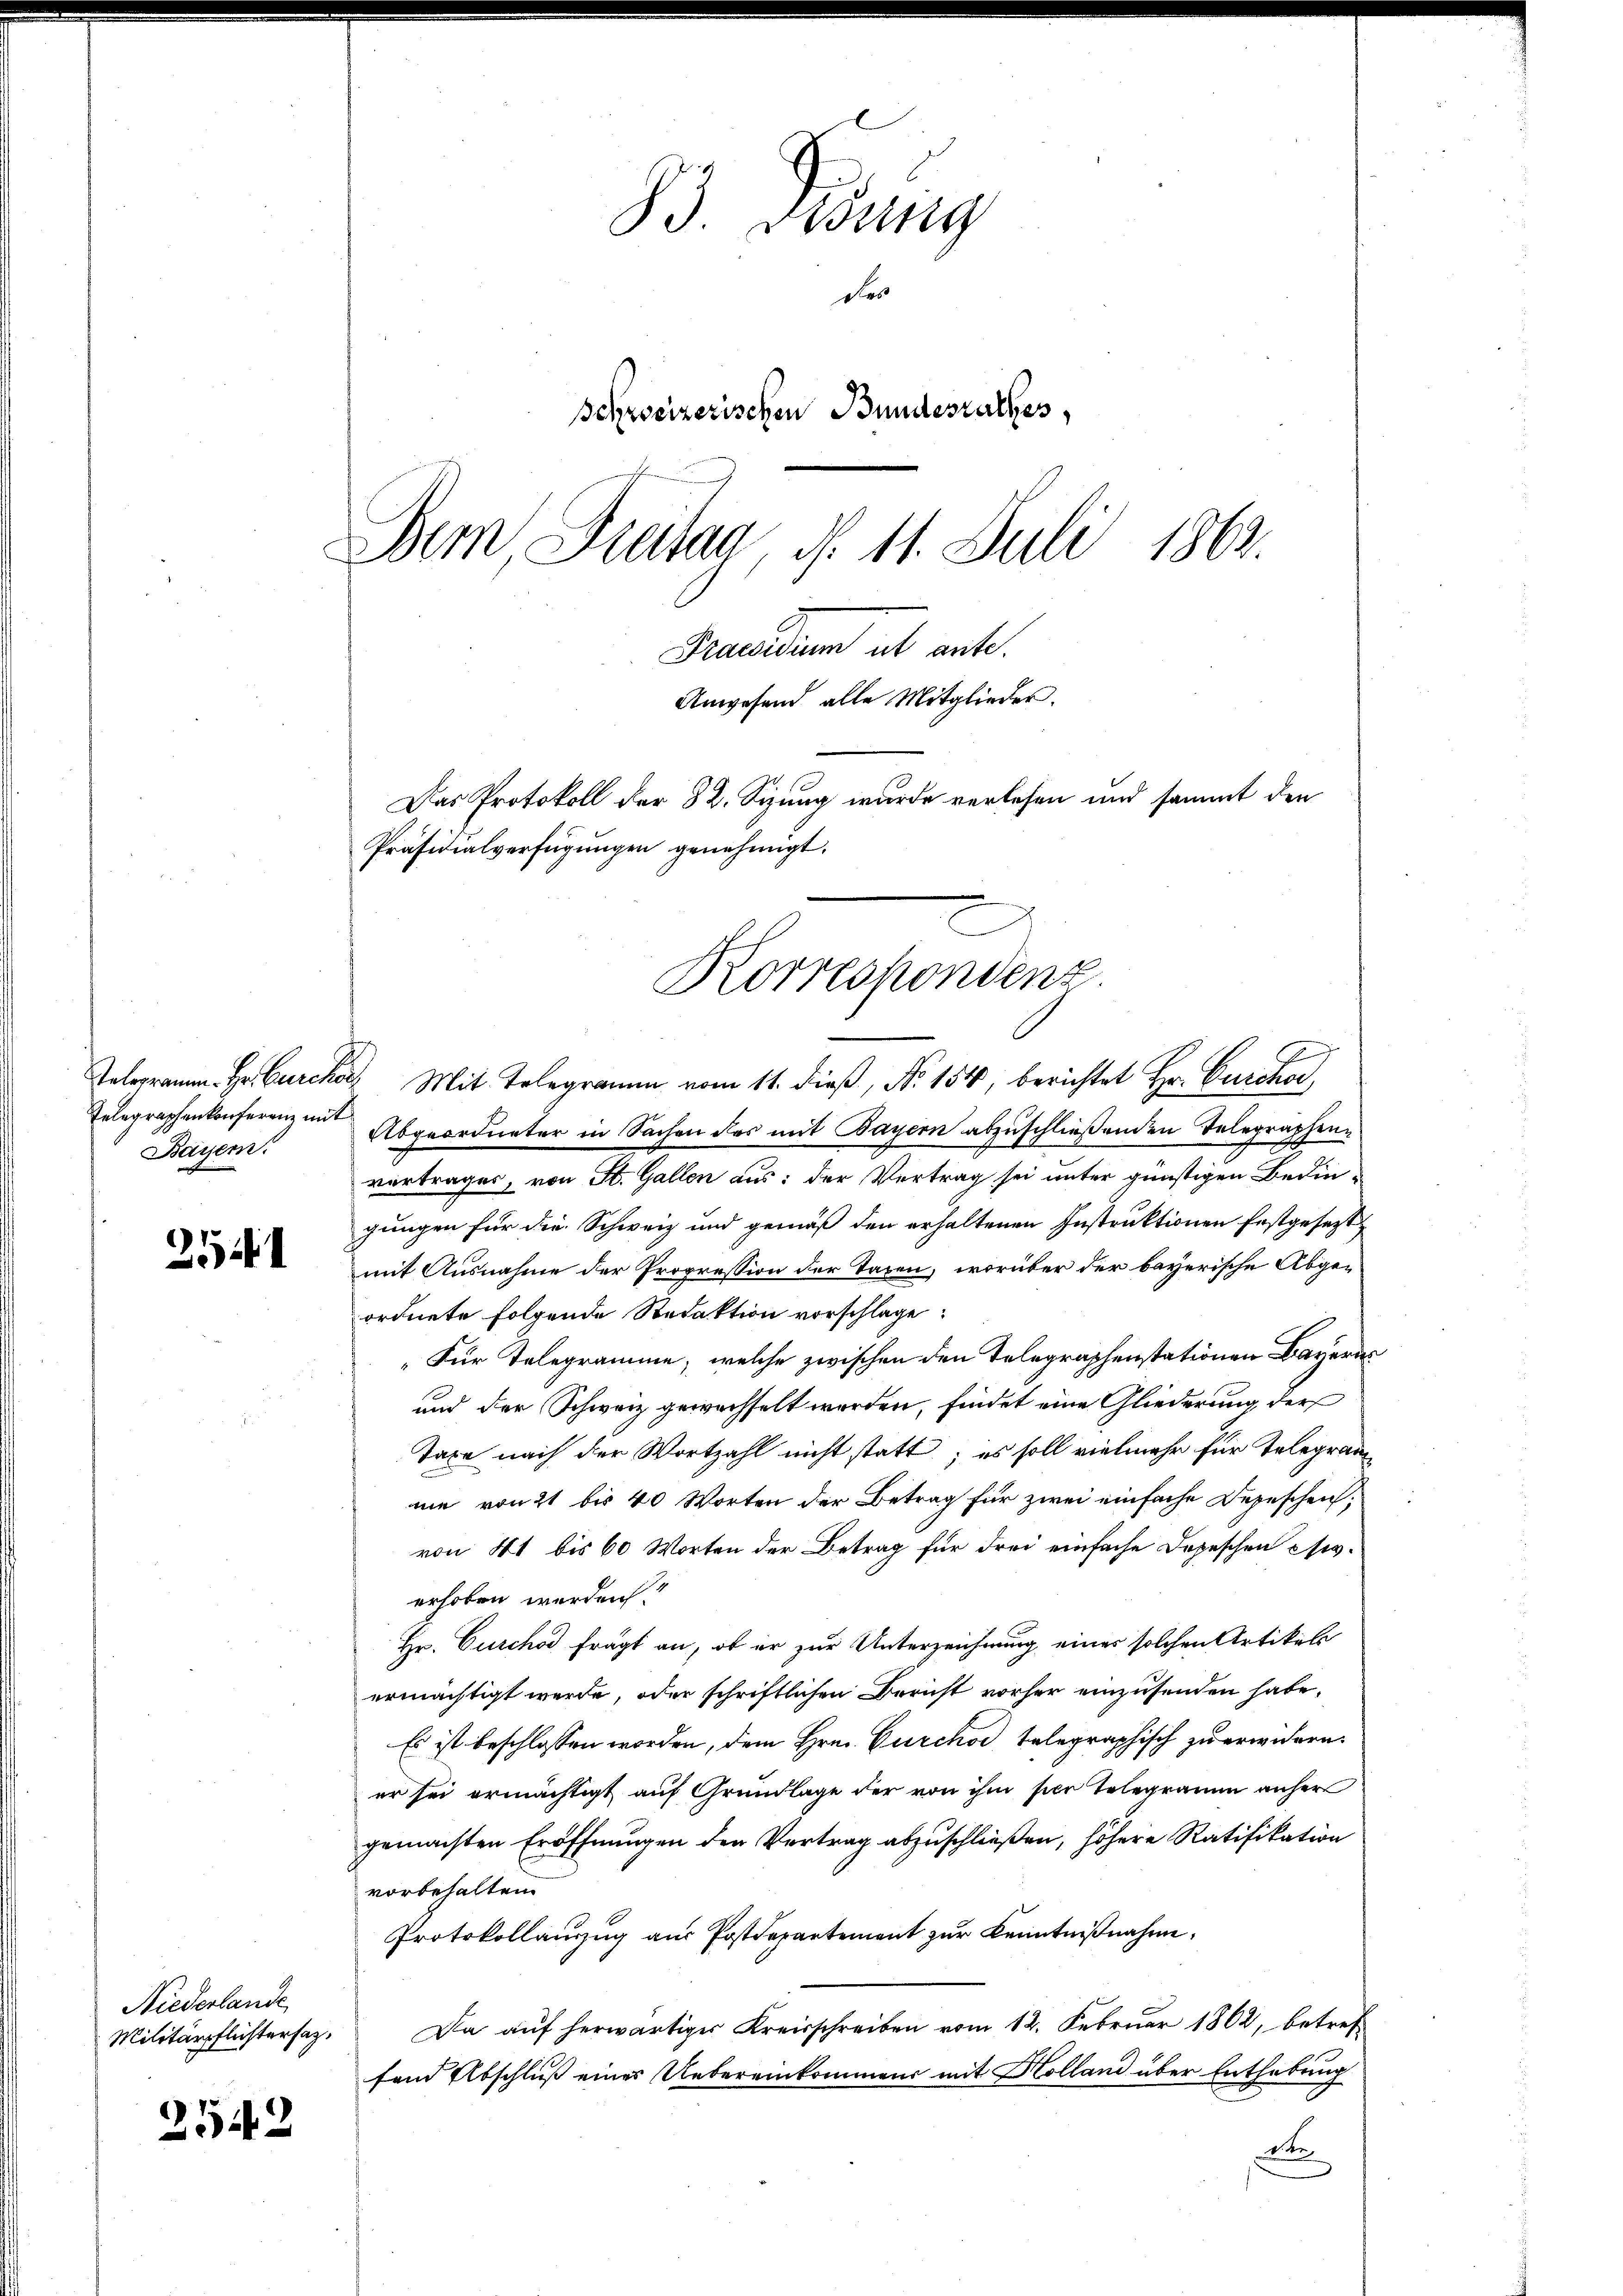
Bayer.

251

Niederlande
Militärpflichtersaz,

2542

83. Lesung
des
Schweizerischen Bundesrathes,
Bem, Freitag, d. 11. Juli 1869.
Praesidium ab ante.
Anwesend alle Mitglieder.
Das Protokoll der 82. Sizung wurde verlesen und sammt den
Präsidialverfügungen genehmigt.

Telegramm. Hr. Burcker, Mit Telegramm vom 11. dieß, No. 154, berichtet Hr. Burcker,
Telegraphenkonferenz an Abgeordneter in Sachen des mit Bayern abzuschließenden Telegraphenvortrages, von St. Gallen aus: der Vertrag sei unter günstigen Bedingungen für die Schweiz und gemäß den erhaltenen Instruktionen festgesezt,
mit Ausnahme der Propression der Tagen, worüber der bayerische Abgeordnete folgende Redaktion vorschlage:
"Für Telegramme, welche zwischen den Telegraphenstationen Bayern
und der Schweiz gewechselt werden, findet eine Gliederung der
Taxe nach der Wortzahl nicht statt; es soll vielmehr für Telegramme von 21 bis 40 Worten der Betrag für zwei einfache Depeschen,
von 41 bis 60 Worten der Betrag für drei einfache Dopeschen civ.
erhoben werden.
Hr. Curchod frägt an, ob er zur Unterzeichnung eines solchen Artikels
ermächtigt werde, oder schriftlichen Bericht vorher einzusenden habe.
Es ist beschlossen worden, dem Hrn. Curchor telegraphisch zu erwidern.
er sei ermächtigt auf Grundlage der von ihm hier Telegramm anher
gemachten Eröffnungen den Vertrag abzuschließen, höhere Ratifikation
vorbehalten.
Protokollanzug aus Postdepartement zur Kenntnißnahm.
Da auf herwärtiger Kreisschreiben vom 12. Februar 1862, betreffand Abschluß eines Uebereinkommens mit Kolland über Enthebung
dte

Korrespondenz.